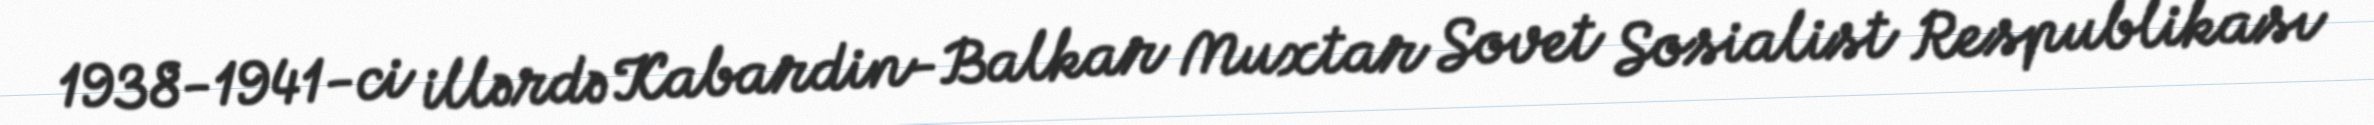
1938-1941-ci illərdə Kabardin-Balkar Muxtar Sovet Sosialist Respublikası